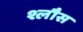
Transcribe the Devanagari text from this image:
श्लौस